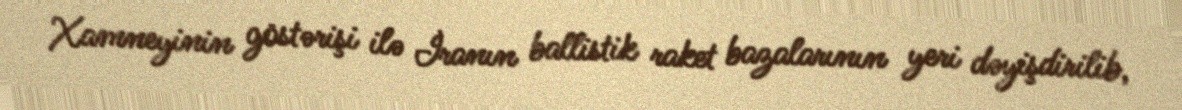
Xamneyinin göstərişi ilə İranın ballistik raket bazalarının yeri dəyişdirilib,